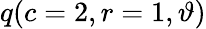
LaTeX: \displaystyle q(c=2,r=1,\vartheta)